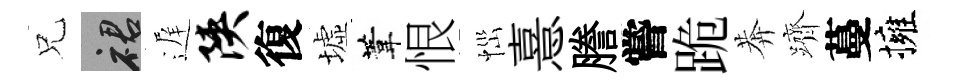
兄裙遅陕復墟葦恨𢙉憙謄嘗跪莾躋蔓擁